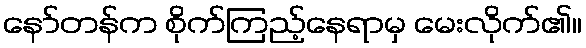
နော်တန်က စိုက်ကြည့်နေရာမှ မေးလိုက်၏။